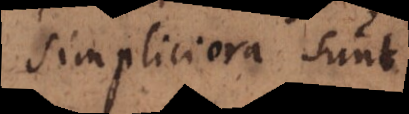
simpliciora sunt